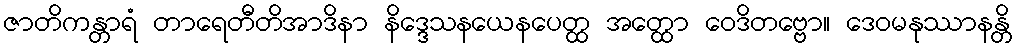
ဇာတိကန္တာရံ တာရေတီတိအာဒိနာ နိဒ္ဒေသနယေနပေတ္ထ အတ္ထော ဝေဒိတဗ္ဗော။ ဒေဝမနုဿာနန္တိ